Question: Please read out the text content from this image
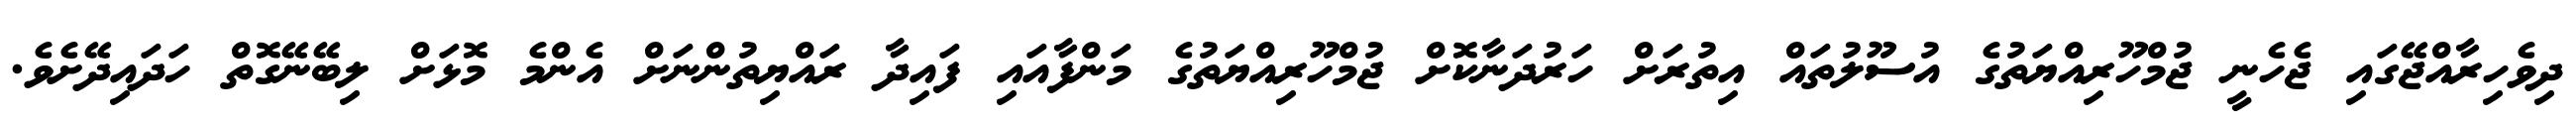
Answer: ދިވެހިރާއްޖޭގައި ޖެހެނީ ޖުމްހޫރިއްޔަތުގެ އުސޫލުތައް އިތުރަށް ހަރުދަނާކޮށް ޖުމްހޫރިއްޔަތުގެ މަންފާއައި ފައިދާ ރައްޔިތުންނަށް އެންމެ މޮޅަށް ލިބޭނޭގޮތް ހަދައިދޭށެވެ.